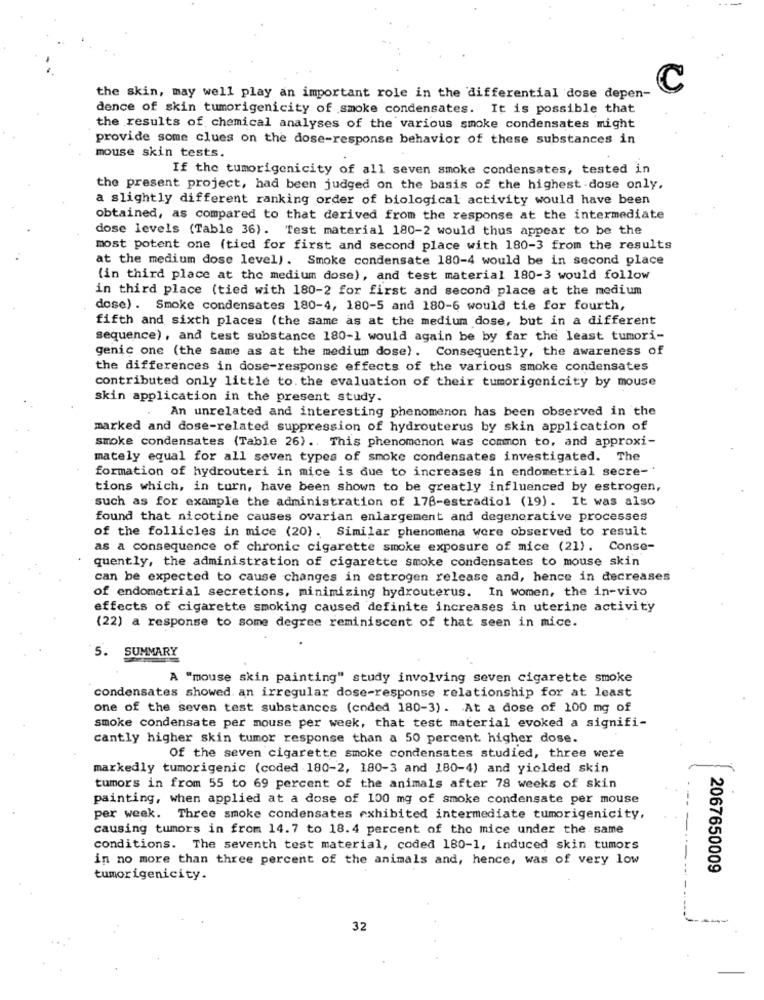
C
the skin, may well play an important role in the differential dose depen-
dence of skin tumorigenicity of smoke condensates. It is possible that
the results of chemical analyses of the various smoke condensates might
provide some clues on the dose-response behavior of these substances in
mouse skin tests.
If the tumorigenicity of all seven smoke condensates, tested in
the present project, had been judged on the basis of the highest dose only.
a slightly different ranking order of biological activity would have been
obtained, as compared to that derived from the response at the intermediate
dose levels (Table 36). Test material 180-2 would thus appear to be the
most potent one (tied for first and second place with 180-3 from the results
at the medium dose level). Smoke condensate 180-4 would be in second place
(in third place at the medium dose), and test material 180-3 would follow
in third place (tied with 180-2 for first and second place at the medium
dose) . Smoke condensates 180-4, 180-5 and 180-6 would tie for fourth,
fifth and sixth places (the same as at the medium dose, but in a different
sequence), and test substance 180-1 would again be by far the least tumori-
genic one (the same as at the medium dose). Consequently, the awareness of
the differences in dose-response effects of the various smoke condensates
contributed only little to. the evaluation of their tumorigenicity by mouse
skin application in the present study.
An unrelated and interesting phenomenon has been observed in the
marked and dose-related suppression of hydrouterus by skin application of
smoke condensates (Table 26). This phenomenon was common to, and approxi-
mately equal for all seven types of smoke condensates investigated. The
formation of hydrouteri in mice is due to increases in endometrial secre-'
tions which, in turn, have been shown to be greatly influenced by estrogen,
such as for example the administration of 178-estradiol (19). It was also
found that nicotine causes ovarian enlargement and degenerative processes
of the follicles in mice (20). Similar phenomena were observed to result
as a consequence of chronic cigarette smoke exposure of mice (21). Conse-
quently, the administration of cigarette smoke condensates to mouse skin
can be expected to cause changes in estrogen release and, hence in decreases
of endometrial secretions, minimizing hydrouterus. In women, the in-vivo
effects of cigarette smoking caused definite increases in uterine activity
(22) a response to some degree reminiscent of that seen in mice.
5. SUMMARY
A "mouse skin painting" study involving seven cigarette smoke
condensates showed an irregular dose-response relationship for at least
one of the seven test substances (coded 180-3). At a dose of 100 mg of
smoke condensate per mouse per week, that test material evoked a signifi-
cantly higher skin tumor response than a 50 percent higher dose.
Of the seven cigarette smoke condensates studied, three were
markedly tumorigenic (coded 180-2, 180-3 and 180-4) and yielded skin
tumors in from 55 to 69 percent of the animals after 78 weeks of skin
painting, when applied at a dose of 100 mg of smoke condensate per mouse
per week. Three smoke condensates exhibited intermediate tumorigenicity,
causing tumors in from 14.7 to 18.4 percent of the mice under the. same
conditions. The seventh test material, coded 180-1, induced skin tumors
in no more than three percent of the animals and, hence, was of very low
2067650009
tumorigenicity.
32